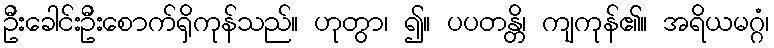
ဦးခေါင်းဦးစောက်ရှိကုန်သည်။ ဟုတွာ၊ ၍။ ပပတန္တိ၊ ကျကုန်၏။ အရိယမဂ္ဂံ၊